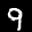
Label: 9